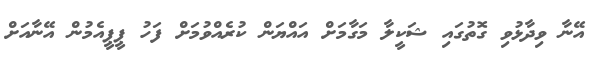
އޭނާ ވިދާޅުވި ގޮތުގައި ޝަކީލާ މަގާމަށް އައްޔަން ކުރެއްވުމަށް ފަހު ޕީޕީއެމުން އޭނާއަށް